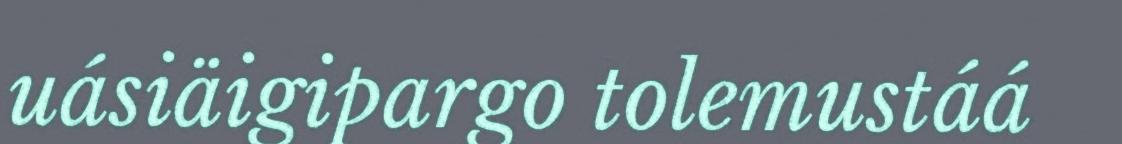
uásiäigipargo tolemustáá